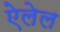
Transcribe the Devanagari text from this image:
ऐलेल